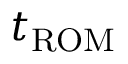
t _ { \mathrm { R O M } }